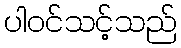
ပါဝင်သင့်သည်